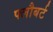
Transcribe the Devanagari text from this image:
फ्लौबर्ट